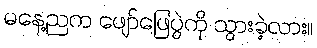
မနေ့ညက ဖျော်ဖြေပွဲကို သွားခဲ့လား။